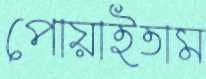
পোয়াইতাম